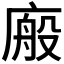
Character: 𭙩